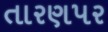
તારણપર